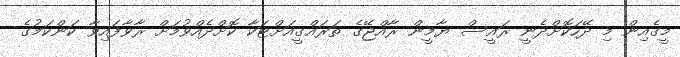
މީގެއިން މި ދޭހަކޮށްދެނީ ރައީސް ޔާމީން ރާއްޖޭގެ ތަރައްގީއަށްޓަކާ ކޮށްދެއްވުމަށް ރާވާފައިވާ ކަންކަމުގެ